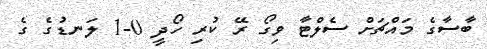
ބާސާގެ މައްޗަށް ސެލްޓާ ވިގޯ ރޭ ކުރި ހޯދީ 0-1 ލަނޑުގެ ގެ